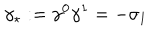
LaTeX: \gamma _ { \star } : = \gamma ^ { 0 } \gamma ^ { 1 } = - \sigma _ { 1 }